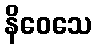
နိဝေသေ